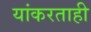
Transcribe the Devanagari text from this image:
यांकरताही